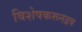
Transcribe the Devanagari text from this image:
विशेषकरूनद्रव